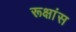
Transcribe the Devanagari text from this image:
रूक्षांस